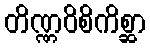
တိဏ္ဏဝိစိကိစ္ဆာ